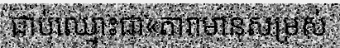
ជាប់ឈ្មោះជា«តារាមានសម្រស់